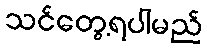
သင်တွေ့ရပါမည်